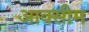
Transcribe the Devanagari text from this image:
आक्सीम